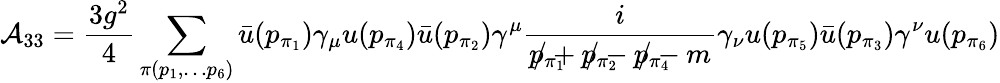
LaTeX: {\cal A}_{33}=\frac{3g^{2}}{4}\sum_{\pi(p_{1},\ldots p_{6})}\bar{u}(p_{\pi_{1}})\gamma_{\mu}u(p_{\pi_{4}})\bar{u}(p_{\pi_{2}})\gamma^{\mu}\frac{i}{p_{\pi_{1}}\! \! \! \! \! \! \! /+p_{\pi_{2}}\! \! \! \! \! \! \! /-p_{\pi_{4}}\! \! \! \! \! \! \! /-m}\gamma_{\nu}u(p_{\pi_{5}})\bar{u}(p_{\pi_{3}})\gamma^{\nu}u(p_{\pi_{6}})